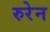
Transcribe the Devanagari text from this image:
रुरेन